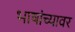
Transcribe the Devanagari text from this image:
भाषांच्यावर